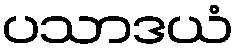
ပသာဒယံ